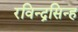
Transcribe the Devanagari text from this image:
रविन्द्रसिन्ह